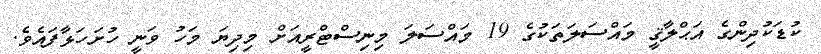
ކުޑަކުދިންގެ އަޙްލާޤީ މައްސަލަތަކުގެ 19 މައްސަލަ މިނިސްޓްރީއަށް މިދިޔަ މަހު ވަނީ ހުށަހަޅާފައެވެ.